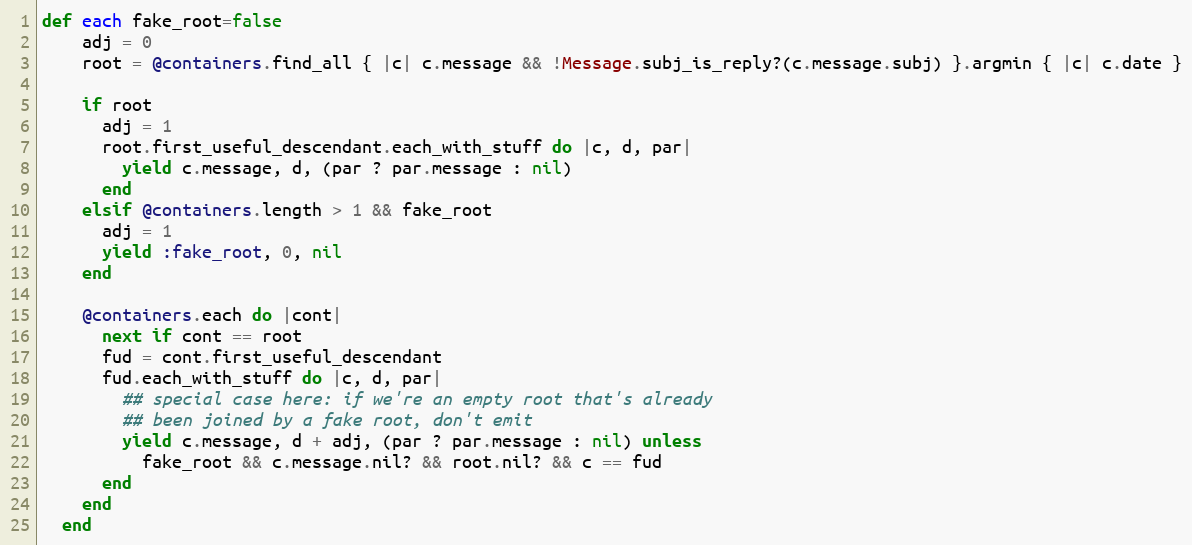
Language: Ruby
def each fake_root=false
    adj = 0
    root = @containers.find_all { |c| c.message && !Message.subj_is_reply?(c.message.subj) }.argmin { |c| c.date }

    if root
      adj = 1
      root.first_useful_descendant.each_with_stuff do |c, d, par|
        yield c.message, d, (par ? par.message : nil)
      end
    elsif @containers.length > 1 && fake_root
      adj = 1
      yield :fake_root, 0, nil
    end

    @containers.each do |cont|
      next if cont == root
      fud = cont.first_useful_descendant
      fud.each_with_stuff do |c, d, par|
        ## special case here: if we're an empty root that's already
        ## been joined by a fake root, don't emit
        yield c.message, d + adj, (par ? par.message : nil) unless
          fake_root && c.message.nil? && root.nil? && c == fud
      end
    end
  end